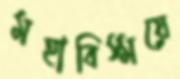
মহাবিস্ময়ে